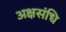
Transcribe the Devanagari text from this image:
अक्षसंधि